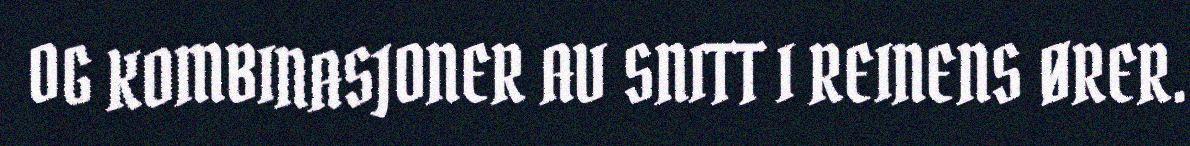
OG KOMBINASJONER AV SNITT I REINENS ØRER.